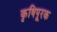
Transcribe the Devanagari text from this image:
कृषिपूरक